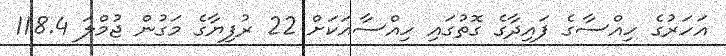
އަހަރުގެ ހިއްސާގެ ފައިދާގެ ގޮތުގައި ހިއްސާއަކަށް 22 ރުފިޔާގެ މަގުން ޖުމްލަ 118.4